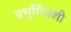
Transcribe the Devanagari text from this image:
प्रभुमिराशी